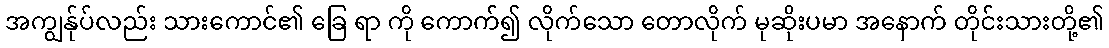
အကျွန်ုပ်လည်း သားကောင်၏ ခြေ ရာ ကို ကောက်၍ လိုက်သော တောလိုက် မုဆိုးပမာ အနောက် တိုင်းသားတို့၏